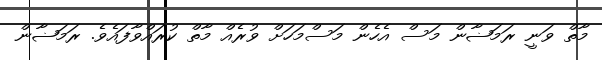
މާތް ވަނީ ރަމަޟާން މަސް އެހެން މަސްމަހަށް ވުރެއް މާތް ކުރައްވާފައެވެ. ރަމަޟާން